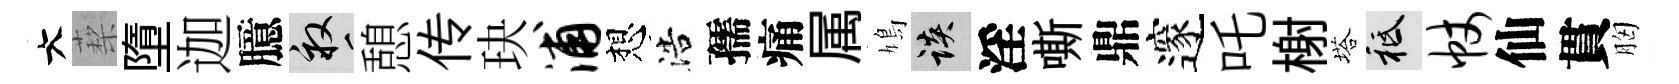
大蔾墮迦臆畝憩传玦浦想浩孺痛属鳩談淫嘶鼎邃吒榭塔祇帐仙貫胸